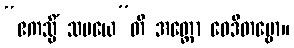
“ဧကသ္မိံ သမယေ”တိ အတ္ထော ဝေဒိတဗ္ဗော။